Annual report of the Imperial Bacteriologist
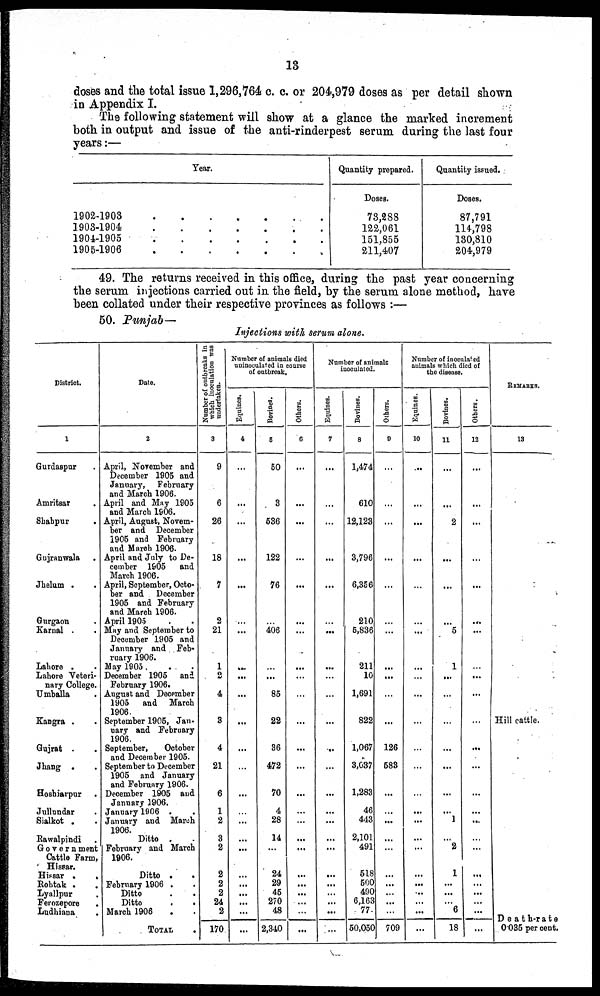
13
doses and the total issue 1,296,764 c. c. or 204,979 doses as per detail shown
in Appendix I.
The following statement will show at a glance the marked increment
both in output and issue of the anti-rinderpest serum during the last four
years:—
1902-1903
1903-1904
1904-1905
1905-1906
.
.
.
.
Year.
. . .
. . .
. . .
. . .
.
.
.
.
.
.
. .
.
Quantity prepared.
Doses.
73,288
122,061
151,855
211,407
Quantity issued.
Doses.
87,791
114,798
130,810
204,979
49. The returns received in this office, during the past year concerning
the serum injections carried out in the field, by the serum alone method, have
been collated under their respective provinces as follows :—
50. Punjab—
Injections with serum alone.
District.
1
Gurdaspur .
Amritsar .
Shabpur
.
Gujranwala .
Jhelum . .
Gurgaon .
Karnal . .
Lahore . .
Lahore Veteri-
nary College.
Umballa .
Kangra . .
Gujrat . .
Jhang . .
Hoshiarpur .
Jullundar .
Sialkot . .
Rawalpindi .
Government
Cattle Farm,
Hissar.
Hissar .
.
Rohtak .
.
Lyallpur .
Ferozepore
.
Ludhiana
.
Date.
2
April, November and
December 1905 and
January, February
and March 1906.
April and May 1905
and March 1906.
April, August, Novem-
ber and December
1905 and February
and March 1906.
April and July to De-
cember 1905 and
March 1906.
April, September, Octo-
ber and December
1905 and February
and March 1906.
April 1905
May and September to
December 1905 and
January and Feb-
ruary 1906.
May 1905
December 1905 and
February 1906.
August and December
1905 and March
1906.
September 1905, Jan-
uary and February
1906.
September,
October
and December 1905.
September to December
1905 and January
and February 1906.
December 1905 and
January 1906.
January 1906 . .
January and March
1906.
Ditto . .
February and March
1906.
Ditto
.
.
February 1906 .
Ditto . .
Ditto
.
.
March 1906 . .
TOTAL
Number of outbreaks in
which inoculation was
undertaken.
3
9
6
26
18
7
2
21
1
2
4
3
4
21
6
1
2
3
2
2
2
2
24
2
170
Number of animals died
uninoculated in course
of outbreak.
Equines.
4
...
...
...
...
...
...
...
...
...
...
...
...
...
...
...
...
...
...
...
...
...
...
...
...
Bovines.
5
50
3
536
122
76
...
406
...
...
85
22
36
472
70
4
28
14
...
24
29
45
270
48
2,340
Others.
6
...
...
...
...
...
...
...
...
...
...
...
...
...
...
...
...
...
...
...
...
...
...
...
...
Number of animals
inoculated.
Equines.
7
...
...
...
...
...
...
...
...
...
...
...
...
...
...
...
...
...
...
...
...
...
...
...
...
Bovines.
8
1,474
610
12,123
3,796
6,356
210
5,836
211
10
1,691
822
1,067
3,037
1,283
46
443
2,101
491
518
500
490
6,163
77
50,050
Others.
9
...
...
...
...
...
...
...
...
...
...
...
126
583
...
...
...
...
...
...
...
...
...
...
709
Number of inoculated
animals which died of
the disease.
Equines.
10
...
...
...
...
...
...
...
...
...
...
...
...
...
...
...
...
...
...
...
...
...
...
...
...
Bovines.
11
...
...
2
...
...
...
5
1
...
...
...
...
...
...
...
1
...
2
1
...
...
...
6
18
Others.
12
...
...
...
...
...
...
...
...
...
...
...
...
...
...
...
...
...
...
...
...
...
...
...
...
REMARKS.
13
Hill cattle.
Death-rate
0.035 per cent.